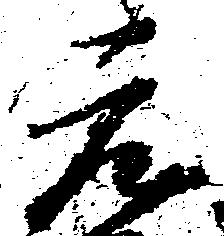
元